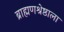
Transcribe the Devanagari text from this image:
ब्राह्मणश्रेष्ठाला